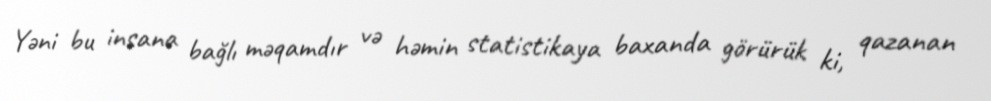
Yəni bu insana bağlı məqamdır və həmin statistikaya baxanda görürük ki, qazanan